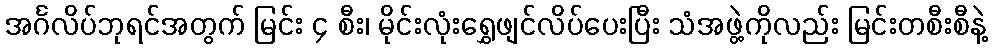
အင်္ဂလိပ်ဘုရင်အတွက် မြင်း ၄ စီး၊ မိုင်းလုံးရွှေဖျင်လိပ်ပေးပြီး သံအဖွဲ့ကိုလည်း မြင်းတစီးစီနဲ့